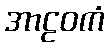
အာဠဝကံ